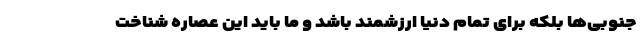
جنوبی‌ها بلکه برای تمام دنیا ارزشمند باشد و ما باید این عصاره شناخت